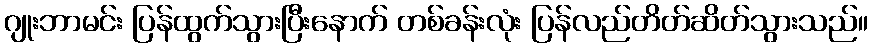
ဂျုးဘာမင်း ပြန်ထွက်သွားပြီးနောက် တစ်ခန်းလုံး ပြန်လည်တိတ်ဆိတ်သွားသည်။